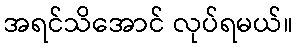
အရင်သိအောင် လုပ်ရမယ်။